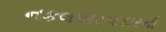
નકલઅરજદારની